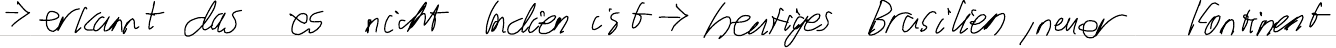
-> erkannt das es nicht Indien ist -> heutiges Brasilien, neuer Kontinent